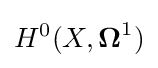
H^{0}(X,{\boldsymbol {\Omega }}^{1})